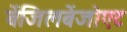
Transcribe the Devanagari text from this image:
बेंजिलबेंजोएट